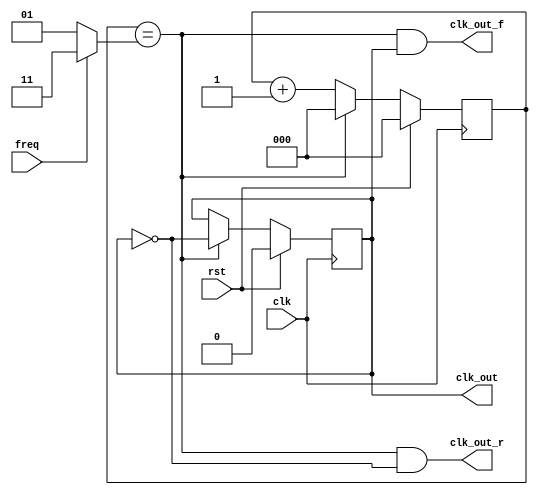
/* Orajelosztas es a leoszott orajel felfuto, lefuto elenek jelzese*/
`timescale 1ns / 1ps

module clk_div(
	input clk, rst, freq,
	output reg clk_out,
	output clk_out_r,
	output clk_out_f
);

reg [2:0] cntr;
wire [1:0] cmp;

always @(posedge clk)
	if(rst)
		begin
			cntr <= 3'b0;
			clk_out <= 1'b0;
		end
	else if(cntr == cmp)
		begin
			clk_out <= ~clk_out;
			cntr <= 3'b0;
		end
	else
		cntr <= cntr + 1'b1;

assign cmp = (freq == 0) ? 2'b01 : 2'b11;
assign clk_out_r = (cntr == cmp) && (clk_out == 0);
assign clk_out_f = (cntr == cmp) && (clk_out == 1);

endmodule